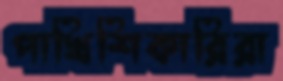
পাখিশিকারিরা